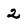
Character: 2